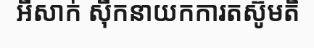
អីសាក់ ស៊ីកនាយកការតស៊ូមតិ